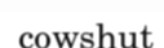
cowshut